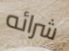
شرائه